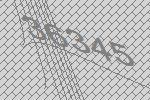
36345